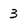
Character: 3